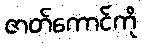
ဇာတ်ကောင်ကို